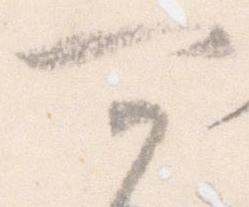
可